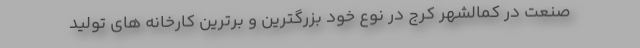
صنعت در کمالشهر کرج در نوع خود بزرگترین و برترین کارخانه های تولید